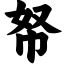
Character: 帑